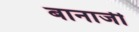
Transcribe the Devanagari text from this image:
बानार्जी